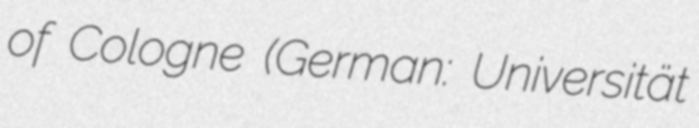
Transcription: of Cologne (German: Universität